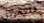
للتمرين